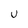
Character: U